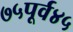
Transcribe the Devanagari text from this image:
७५पूर्व४५